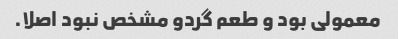
معمولی بود و طعم گردو مشخص نبود اصلا.